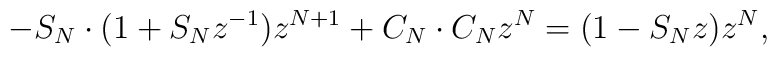
-S_N\cdot(1+S_Nz^{-1})z^{N+1}+C_N\cdot C_Nz^N=(1-S_Nz)z^N,